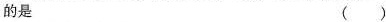
的是 ()